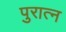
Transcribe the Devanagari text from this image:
पुरात्न